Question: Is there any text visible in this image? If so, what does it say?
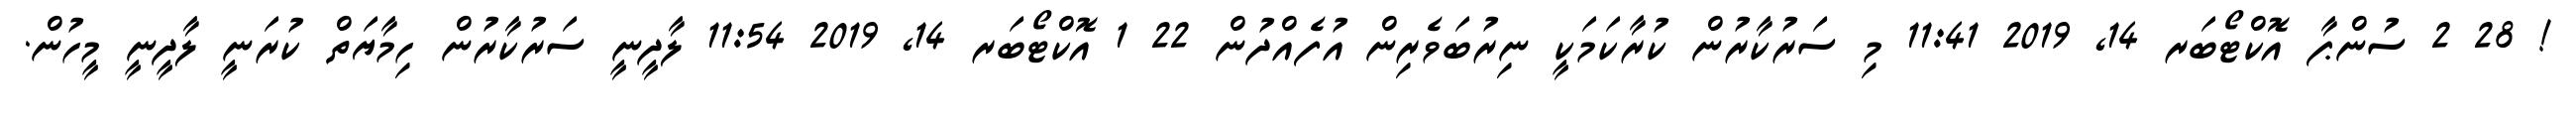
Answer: ! 28 2 ސުންޕާ އޮކްޓޯބަރ 14, 2019 11:41 މި ސަރުކާރުން ކުރާކަމަކީ ނިރުބަވެރިން އުފެއްދުން 22 1 އޮކްޓޯބަރ 14, 2019 11:54 ލާދީނީ ސަރުކާރުން ހިމާޔަތް ކުރަނީ ލާދީނީ މީހުން.